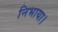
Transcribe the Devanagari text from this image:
निभाया।